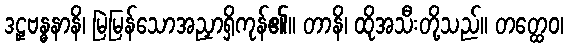
ဒဠှဗန္ဓနာနိ၊ မြဲမြန်သောအညှာရှိကုန်၏။ တာနိ၊ ထိုအသီးတို့သည်။ တတ္ထေဝ၊